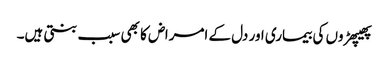
پھیپھڑوں کی بیماری اور دل کے امراض کا بھی سبب بنتی ہیں۔